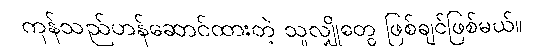
ကုန်သည်ဟန်ဆောင်ထားတဲ့ သူလျှိုတွေ ဖြစ်ချင်ဖြစ်မယ်။